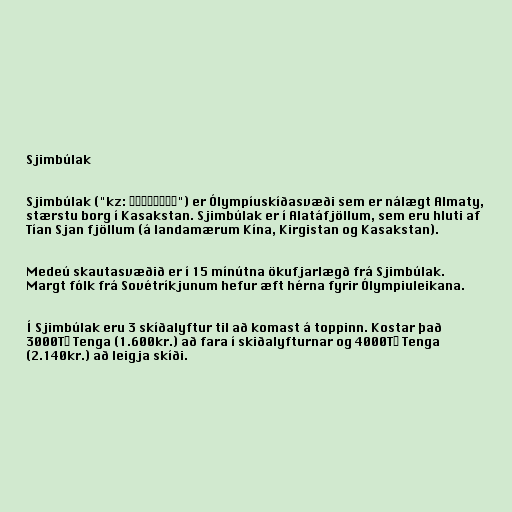
Sjimbúlak

Sjimbúlak ("kz: Шымбұлак") er Ólympíuskíðasvæði sem er nálægt Almaty,
stærstu borg í Kasakstan. Sjimbúlak er í Alatáfjöllum, sem eru hluti af
Tían Sjan fjöllum (á landamærum Kína, Kirgistan og Kasakstan).

Medeú skautasvæðið er í 15 mínútna ökufjarlægð frá Sjimbúlak.
Margt fólk frá Sovétríkjunum hefur æft hérna fyrir Ólympiuleikana.

Í Sjimbúlak eru 3 skíðalyftur til að komast á toppinn. Kostar það
3000TГ Tenga (1.600kr.) að fara í skiðalyfturnar og 4000TГ Tenga
(2.140kr.) að leigja skíði.